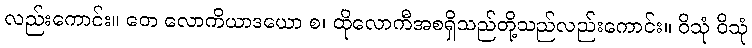
လည်းကောင်း။ တေ လောကိယာဒယော စ၊ ထိုလောကီအစရှိသည်တို့သည်လည်းကောင်း။ ဝိသုံ ဝိသုံ